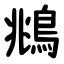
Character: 鴵